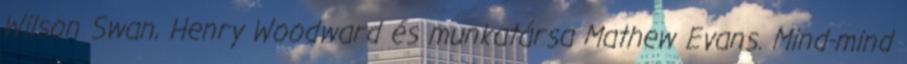
Wilson Swan, Henry Woodward és munkatársa Mathew Evans. Mind-mind